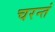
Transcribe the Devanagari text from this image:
चरन्तं